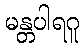
မန္တပါရဂူ